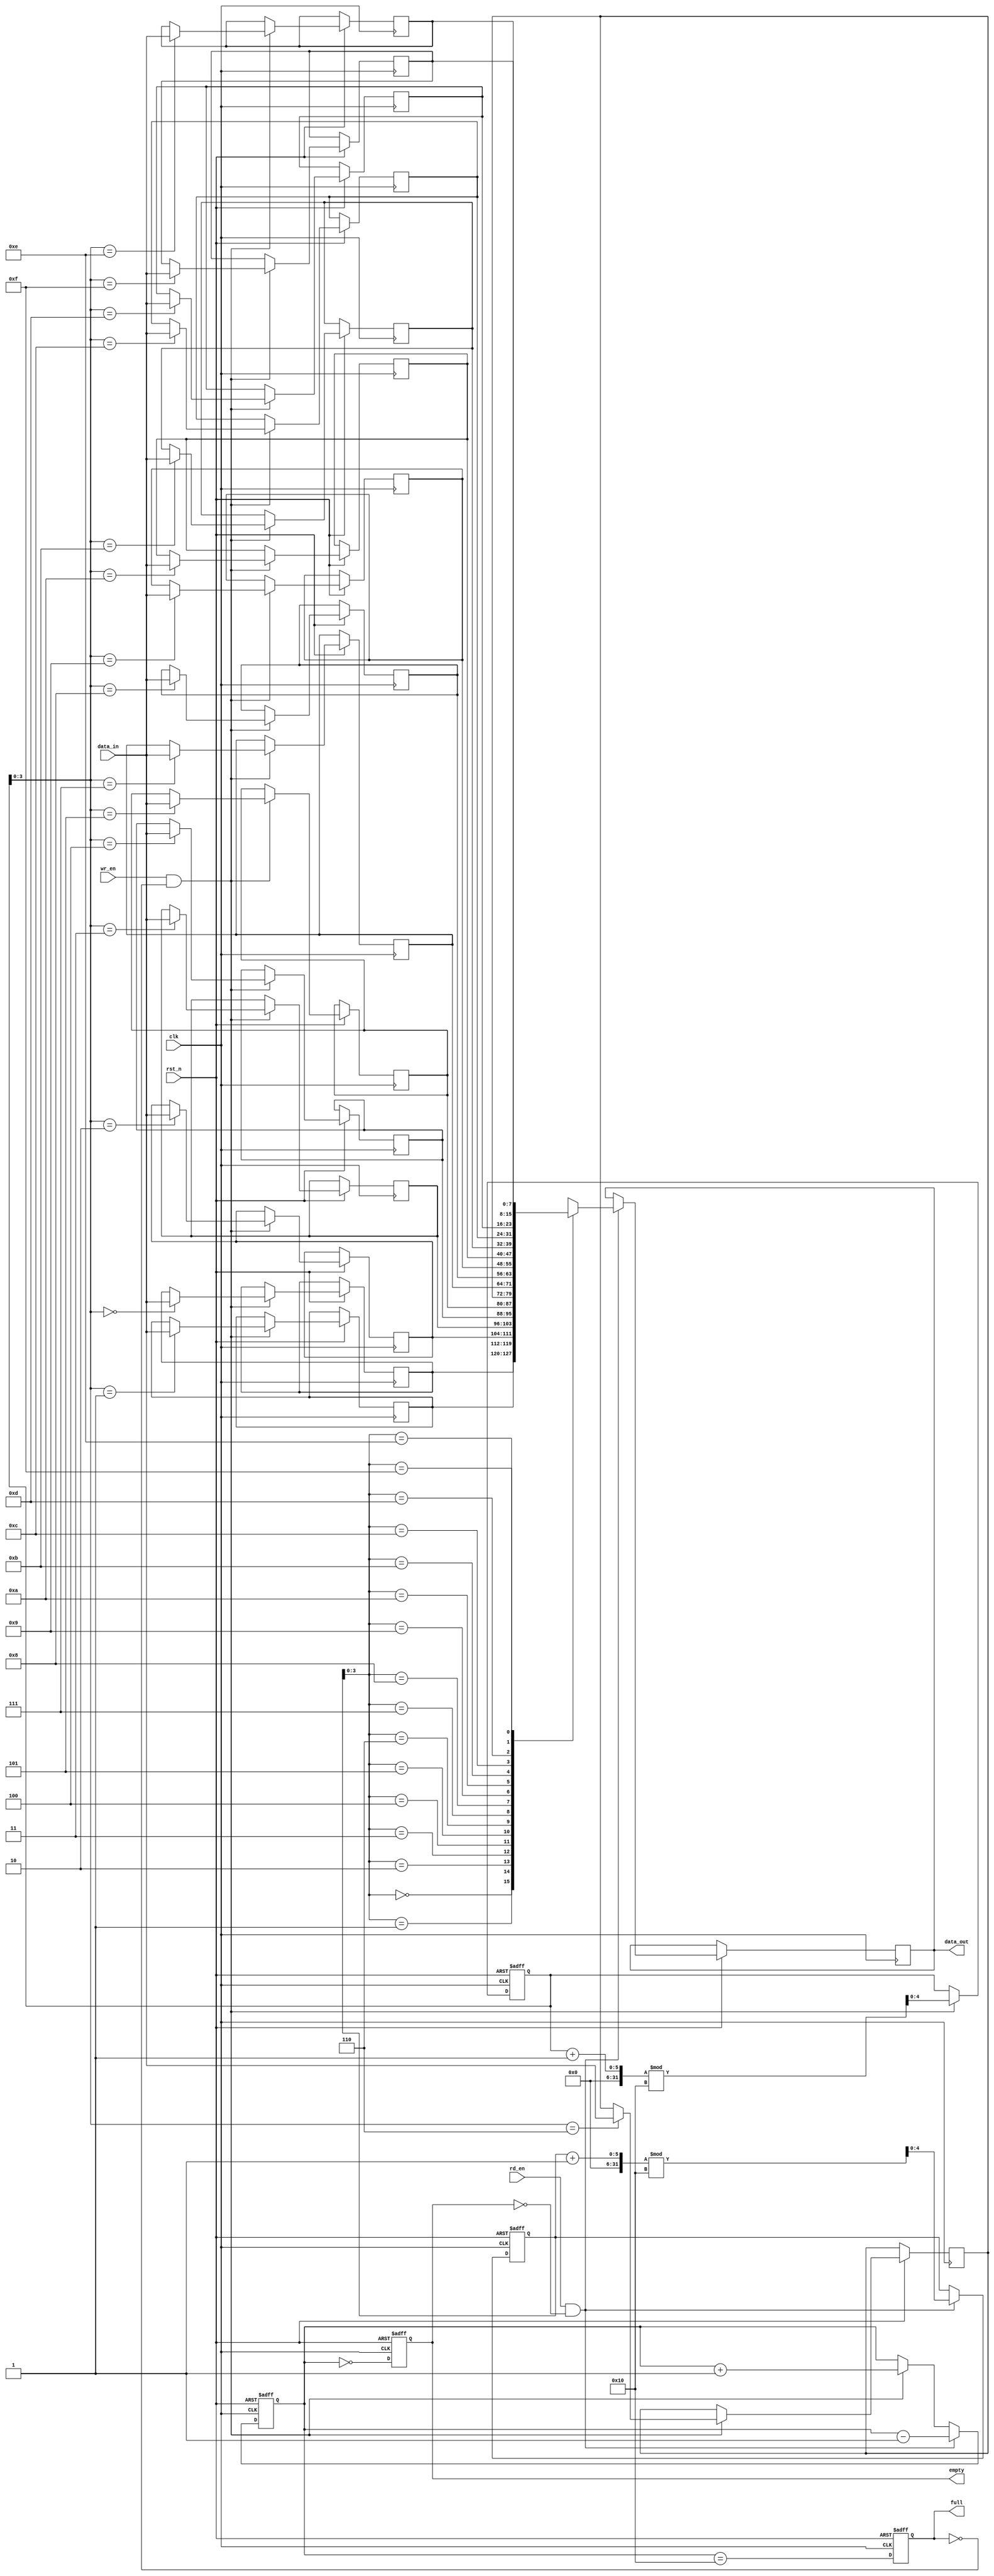
module parameterized_fifo #(
    parameter DATA_WIDTH = 8,        // Width of the data
    parameter FIFO_DEPTH = 16         // Depth of the FIFO (must be a power of 2)
) (
    input wire clk,                   // Clock signal
    input wire rst_n,                 // Asynchronous reset (active low)
    input wire wr_en,                 // Write enable signal
    input wire rd_en,                 // Read enable signal
    input wire [DATA_WIDTH-1:0] data_in, // Data input
    output reg [DATA_WIDTH-1:0] data_out, // Data output
    output reg full,                  // FIFO full flag
    output reg empty                  // FIFO empty flag
);

    // Internal variables
    reg [DATA_WIDTH-1:0] fifo_mem [0:FIFO_DEPTH-1]; // FIFO memory array
    reg [4:0] wr_ptr; // Write pointer
    reg [4:0] rd_ptr; // Read pointer
    reg [5:0] count;  // Number of items in FIFO

    // Asynchronous reset
    always @(posedge clk or negedge rst_n) begin
        if (!rst_n) begin
            wr_ptr <= 0;
            rd_ptr <= 0;
            count <= 0;
            full <= 1'b0;
            empty <= 1'b1;
        end else begin
            // Write operation
            if (wr_en && !full) begin
                fifo_mem[wr_ptr] <= data_in;  // Write data to FIFO
                wr_ptr <= (wr_ptr + 1) % FIFO_DEPTH; // Increment write pointer
                count <= count + 1;
            end

            // Read operation
            if (rd_en && !empty) begin
                data_out <= fifo_mem[rd_ptr]; // Read data from FIFO
                rd_ptr <= (rd_ptr + 1) % FIFO_DEPTH; // Increment read pointer
                count <= count - 1;
            end
            
            // Update full and empty flags
            full <= (count == FIFO_DEPTH);
            empty <= (count == 0);
        end
    end
endmodule